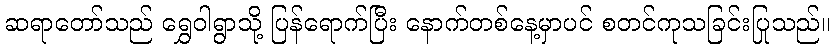
ဆရာတော်သည် ရွှေဝါရွာသို့ ပြန်ရောက်ပြီး နောက်တစ်နေ့မှာပင် စတင်ကုသခြင်းပြုသည်။